Loodushoiu_ja_Turismi_Instituut, lk 136
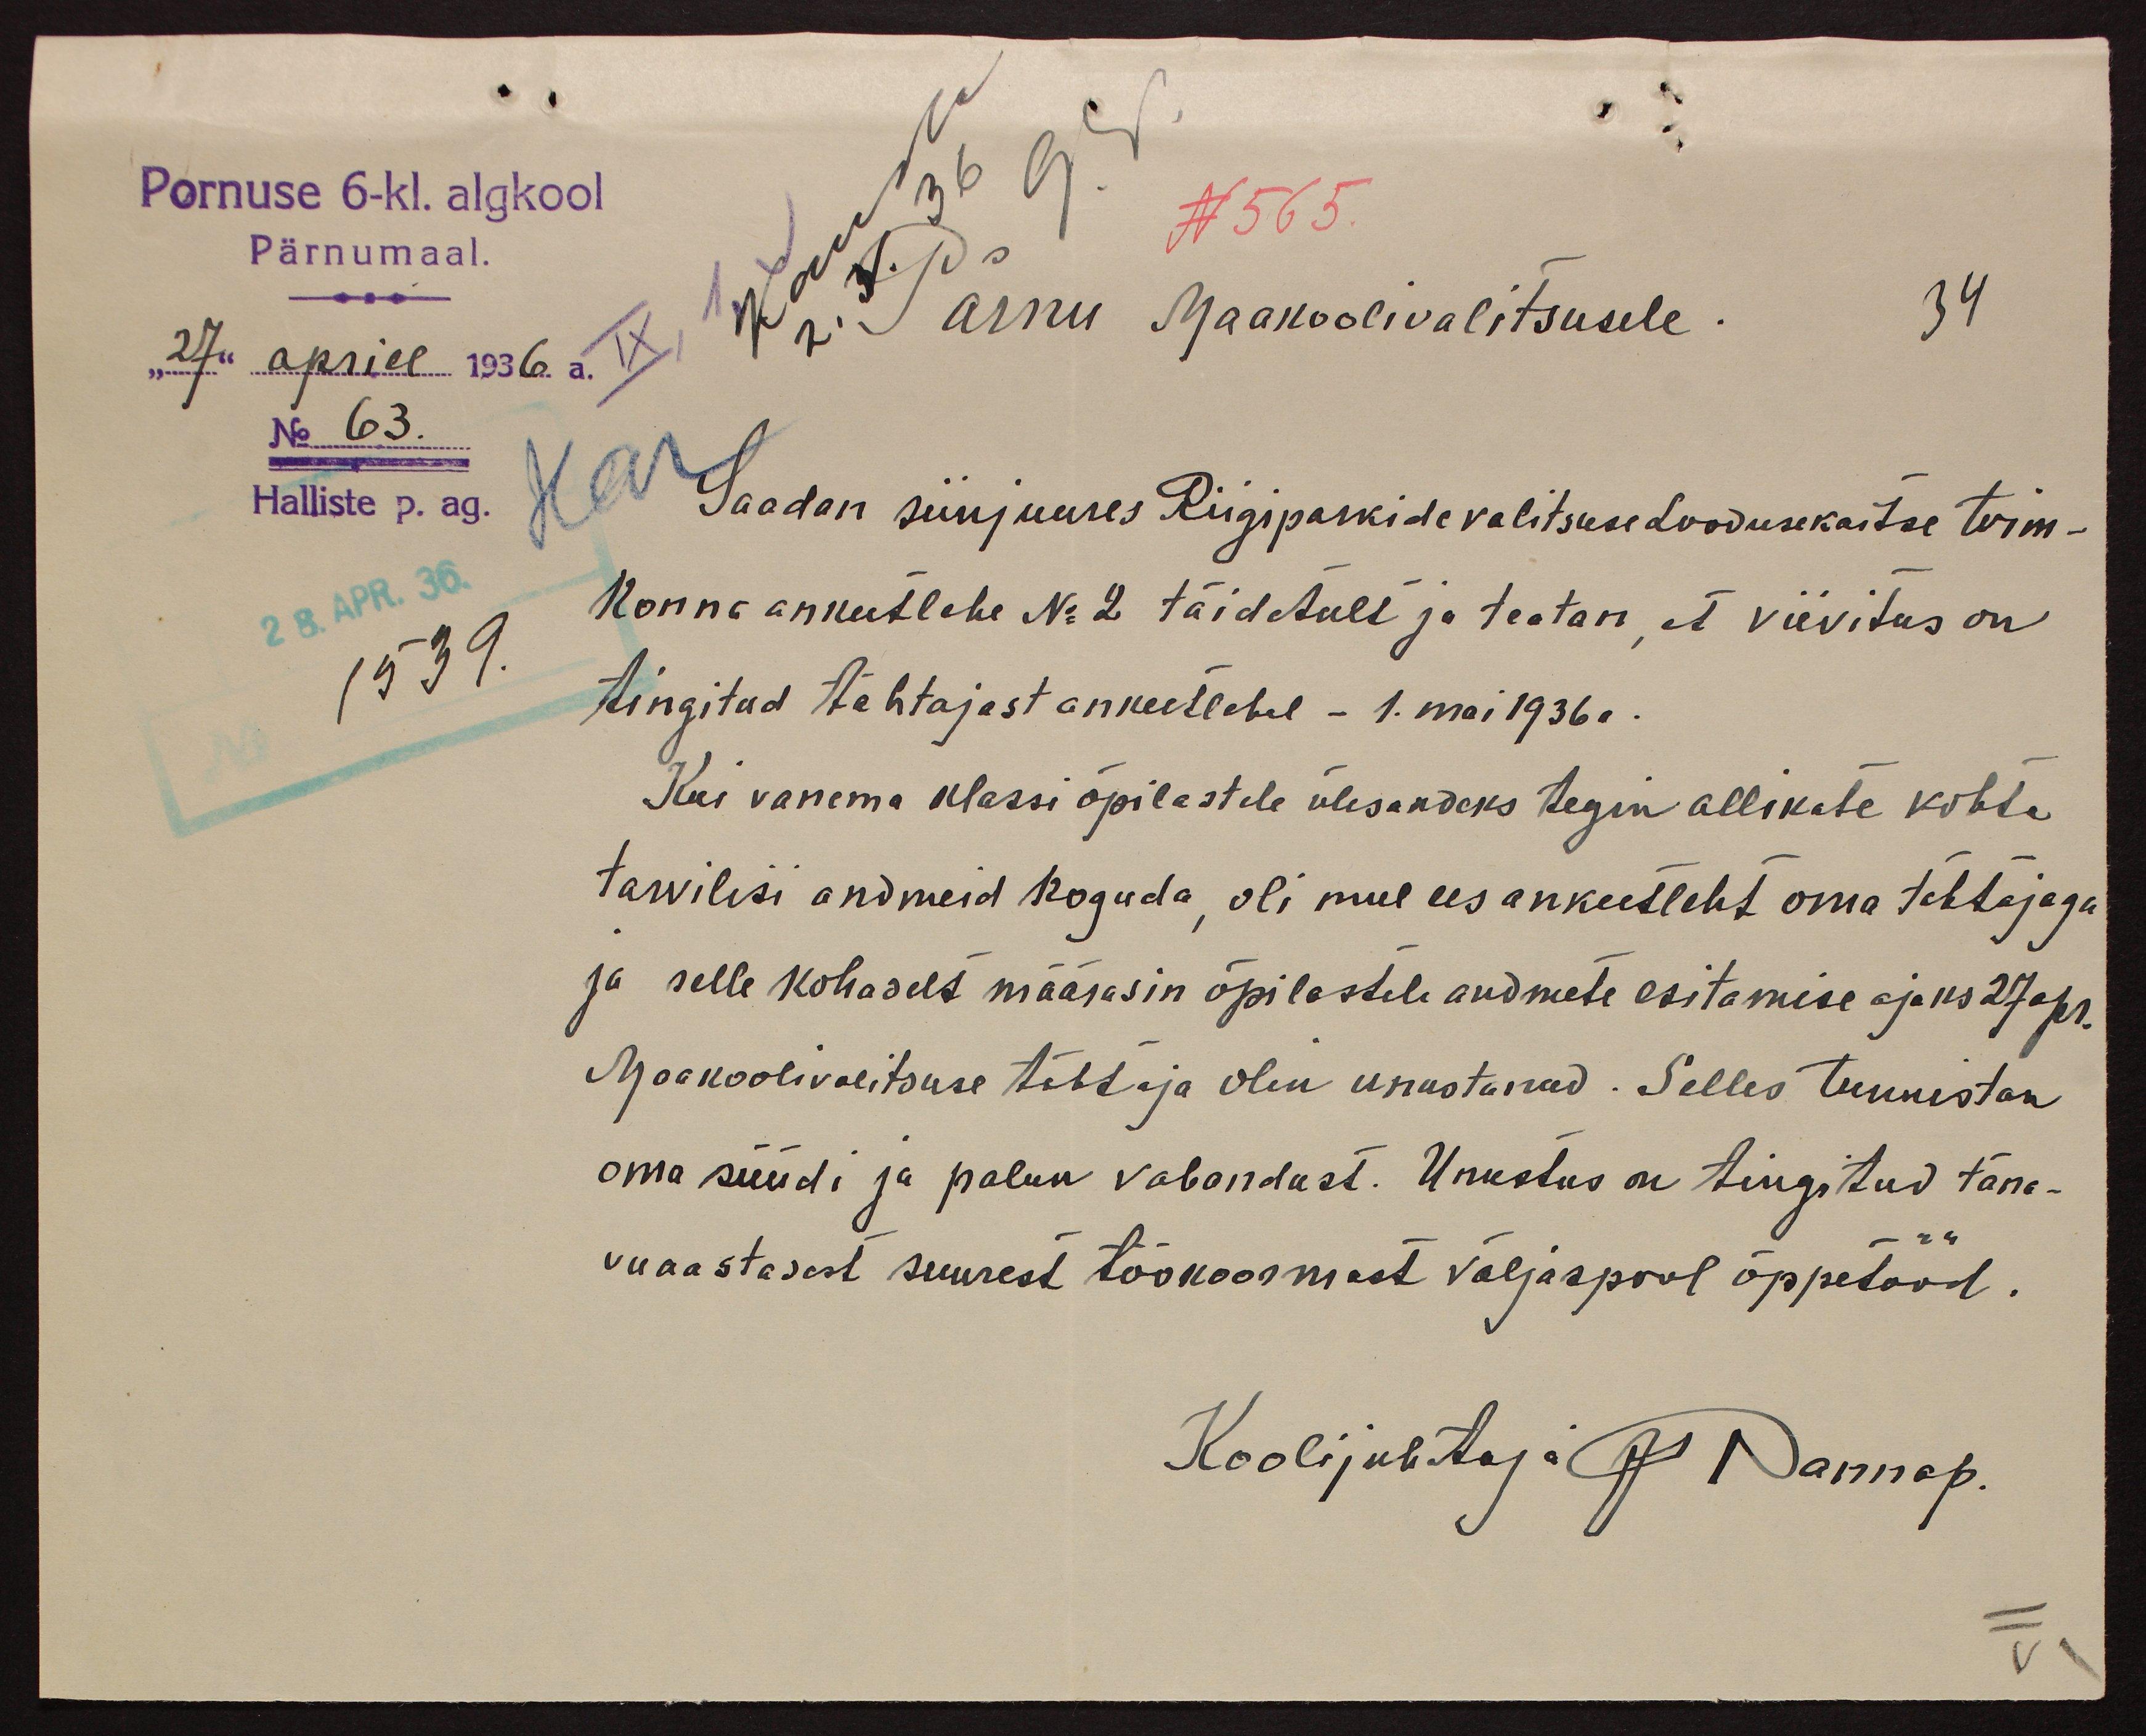
Pornuse 6-kl. algkool
N 565.
"27" aprill 1936 a.
Pärnumaal.
Pärnu Maakoolivalitsusele.
34
No 63.
Halliste p. ag.
Saadan siinjuures Riigiparkide valitsuse Loodusekaitse toim-
28. APR. 36.
konna ankeetlehe No 2 täidetult ja teatan, et viivitus on
1539.
tingitud tähtajast ankeetlehel - 1. mai 1936 a.
Kui vanema klassi õpilastele ülesandeks tegin allikate kohta
tarvilisi andmeid koguda, oli mul ees ankeetleht oma tähtajaga
ja selle kohaselt määrasin õpilastele andmete esitamise ajaks 27 apr.
Maakoolivalitsuse tähtaja olin unastanud. Selles tunnistan
oma süüdi ja palun vabandust. Unustus on tingitud täna-
vuaastasest suurest töökoormist väljaspool õppetööd.
Kooli juhtaja P  Nannap.